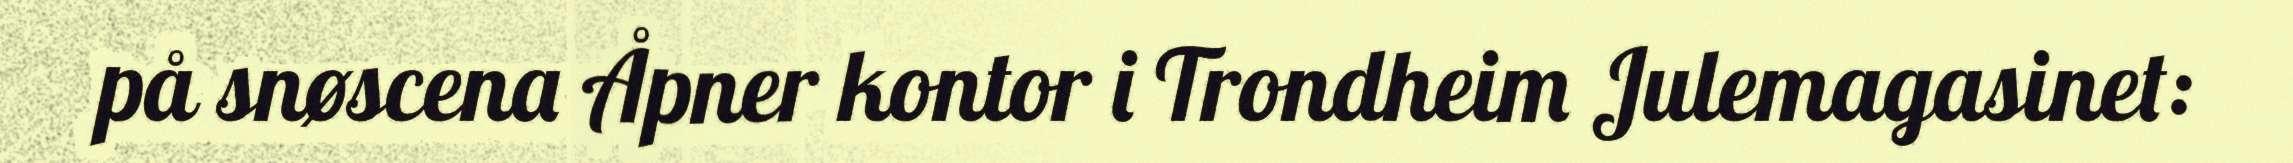
på snøscena Åpner kontor i Trondheim Julemagasinet: